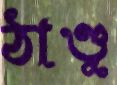
ঠাণ্ডু